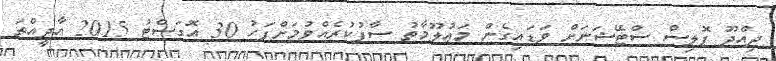
ދިއްދޫ ޕޮލިސް ސްޓޭޝަނަށް ވަޑައިގެން މަޢުލޫމާތު ސާފުކުރެއްވުމަށްފަހު 30 އޮގަސްޓު 2015 އާދީއްތަ